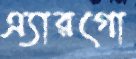
এ্যারগো